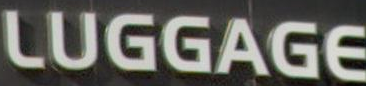
LUGGAGE